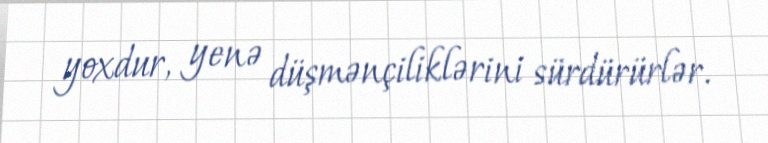
yoxdur, yenə düşmənçiliklərini sürdürürlər.